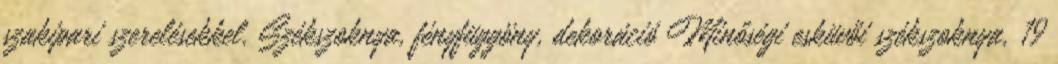
szakipari szerelésekkel. Székszoknya, fényfüggöny, dekoráció Minőségi esküvői székszoknya, 19